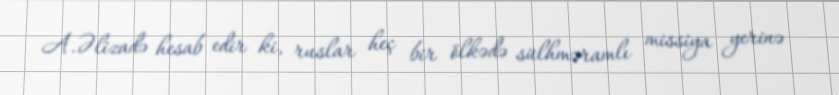
A.Əlizadə hesab edir ki, ruslar heç bir ölkədə sülhməramlı missiya yerinə